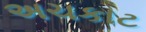
અચકાટ